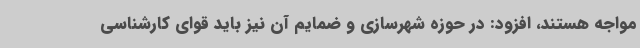
مواجه هستند، افزود: در حوزه شهرسازی و ضمایم آن نیز باید قوای کارشناسی